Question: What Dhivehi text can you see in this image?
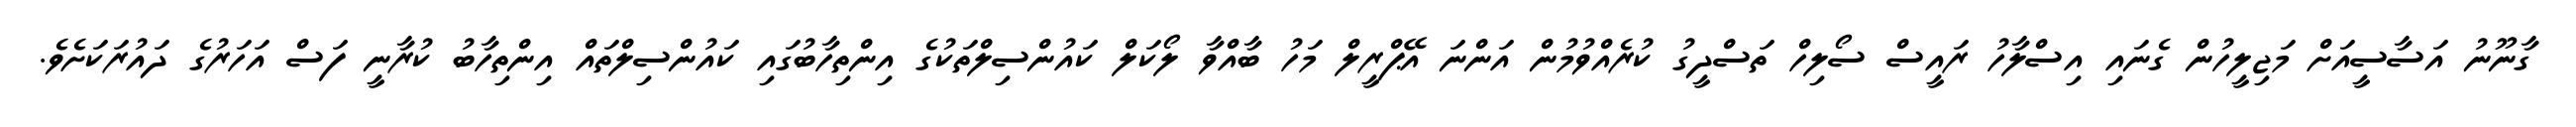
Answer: ގާނޫނު އަސާސީއަށް މަޖިލީހުން ގެނައި އިސްލާހު ރައީސް ސޯލިހް ތަސްދީގު ކުރެއްވުމުން އަންނަ އޭޕްރީލް މަހު ބާއްވާ ލޯކަލް ކައުންސިލްތަކުގެ އިންތިހާބުގައި ކައުންސިލްތައް އިންތިހާބު ކުރާނީ ފަސް އަހަރުގެ ދައުރަކަށެވެ.